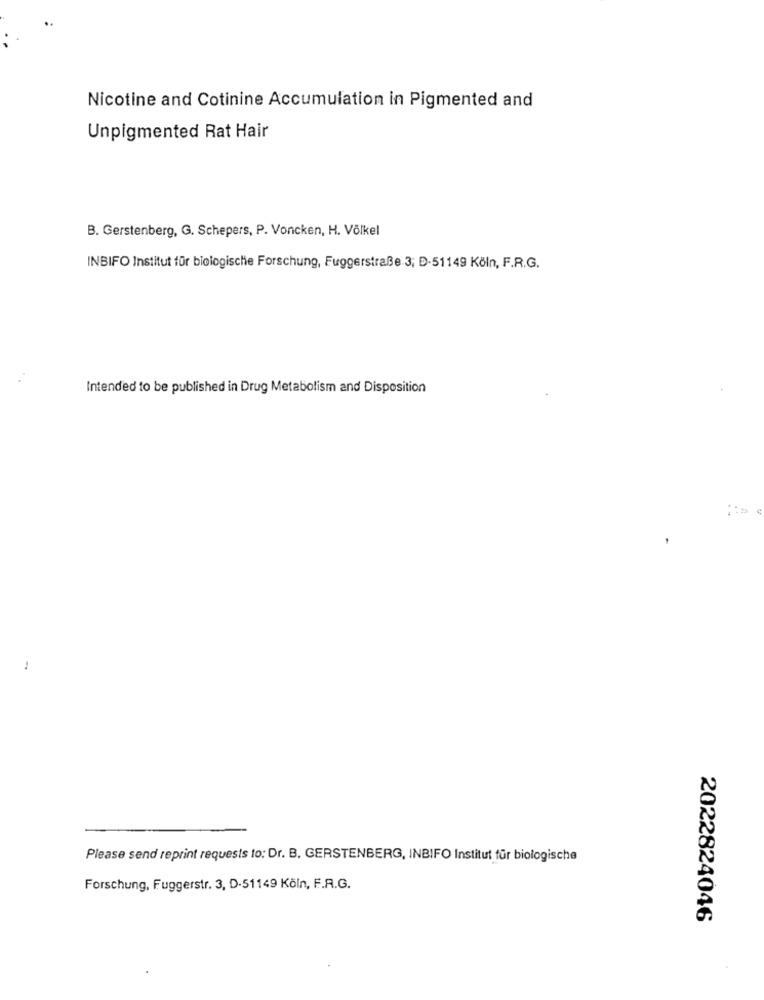
Nicotine and Cotinine Accumulation in Pigmented and
Unpigmented Rat Hair
B. Gerstenberg, G. Schepers, P. Voncken, H. Völkel
INBIFO Institut für biologische Forschung, Fuggerstraße 3; D-51149 Köln, F.R.G.
Intended to be published in Drug Metabolism and Disposition
Please send reprint requests lo: Dr. B. GERSTENBERG, INBIFO Institut für biologische
Forschung, Fuggerstr. 3, D-51149 Köln, F.R.G.
2022824046